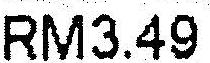
RM3.49